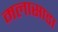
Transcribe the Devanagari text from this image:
मलासाडा